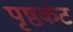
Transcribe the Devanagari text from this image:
पृष्ठकंट